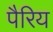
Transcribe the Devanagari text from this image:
पैरिय